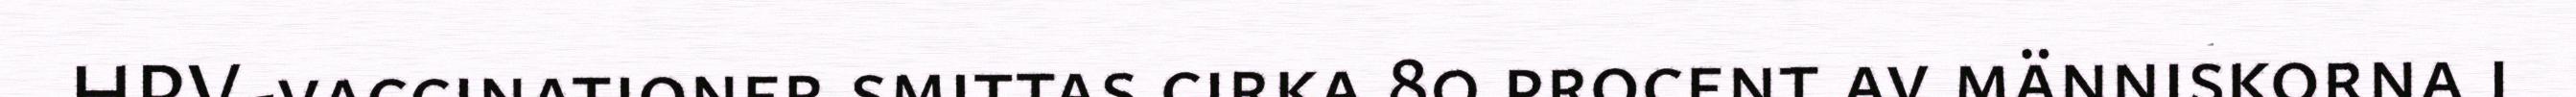
HPV-vaccinationer smittas cirka 80 procent av människorna i